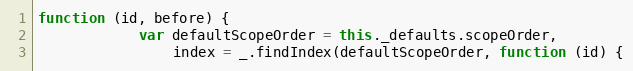
Language: JavaScript
function (id, before) {
            var defaultScopeOrder = this._defaults.scopeOrder,
                index = _.findIndex(defaultScopeOrder, function (id) {